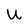
Character: U